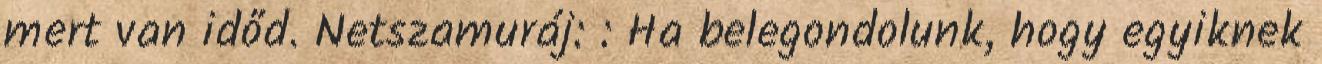
mert van időd. Netszamuráj: : Ha belegondolunk, hogy egyiknek